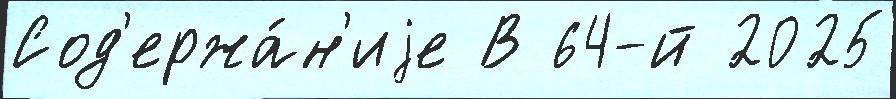
Сод'ержа́н'иjе В 64-й 2025